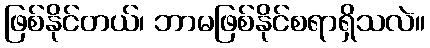
ဖြစ်နိုင်တယ်၊ ဘာမဖြစ်နိုင်စရာရှိသလဲ။